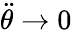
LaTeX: {\ddot{\theta}}\to 0